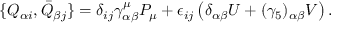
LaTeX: \{ Q _ { \alpha i } , \bar { Q } _ { \beta j } \} = \delta _ { i j } \gamma _ { \alpha \beta } ^ { \mu } P _ { \mu } + \epsilon _ { i j } \left( \delta _ { \alpha \beta } U + ( \gamma _ { 5 } ) _ { \alpha \beta } V \right) .